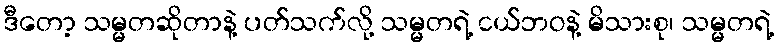
ဒီတော့ သမ္မတဆိုတာနဲ့ ပတ်သက်လို့ သမ္မတရဲ့ ငယ်ဘဝနဲ့ မိသားစု၊ သမ္မတရဲ့